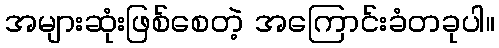
အများဆုံးဖြစ်စေတဲ့ အကြောင်းခံတခုပါ။